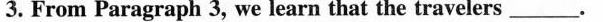
3.From Paragraph 3, we learn that the travelers___.